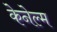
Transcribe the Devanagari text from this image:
केनेल्म